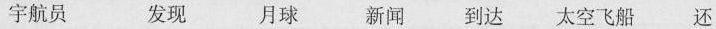
宇航员 发现 月球 新闻 到达 太空飞船 还